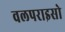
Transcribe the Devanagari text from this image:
वलपराइसो